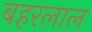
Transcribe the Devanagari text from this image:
बहरलाल